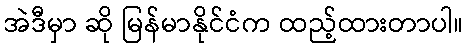
အဲဒီမှာ ဆို မြန်မာနိုင်ငံက ထည့်ထားတာပါ။